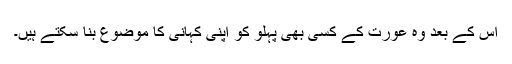
اس کے بعد وہ عورت کے کسی بھی پہلو کو اپنی کہانی کا موضوع بنا سکتے ہیں۔